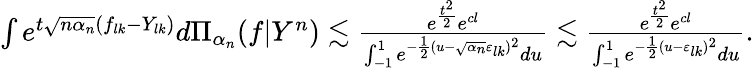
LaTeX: \begin{array}{r}{\int e^{t\sqrt{n\alpha_{n}}(f_{lk}-Y_{lk})}d\Pi_{\alpha_{n}}(f|Y^{n})\lesssim\frac{e^{\frac{t^{2}}{2}}e^{cl}}{\int_{-1}^{1}e^{-\frac{1}{2}(u-\sqrt{\alpha_{n}}\varepsilon_{lk})^{2}}du}\lesssim\frac{e^{\frac{t^{2}}{2}}e^{cl}}{\int_{-1}^{1}e^{-\frac{1}{2}(u-\varepsilon_{lk})^{2}}du}.}\end{array}